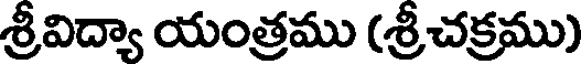
శ్రీవిద్యా యంత్రము (శ్రీచక్రము)